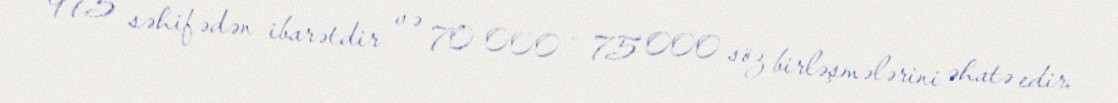
975 səhifədən ibarətdir və 70 000 - 75 000 söz birləşmələrini əhatə edir.